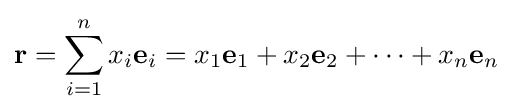
\mathbf {r} =\sum _{i=1}^{n}x_{i}\mathbf {e} _{i}=x_{1}\mathbf {e} _{1}+x_{2}\mathbf {e} _{2}+\dotsb +x_{n}\mathbf {e} _{n}